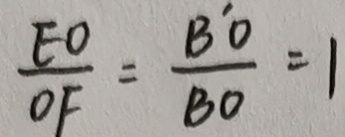
\frac { E O } { O F } = \frac { B ^ { \prime } O } { B O } = 1